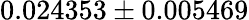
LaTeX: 0.024353\pm 0.005469